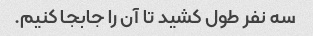
سه نفر طول کشید تا آن را جابجا کنیم.